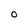
Character: 0